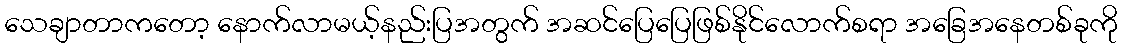
သေချာတာကတော့ နောက်လာမယ့်နည်းပြအတွက် အဆင်ပြေပြေဖြစ်နိုင်လောက်စရာ အခြေအနေတစ်ခုကို